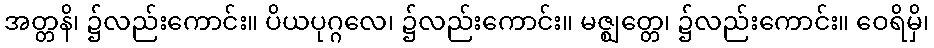
အတ္တနိ၊ ၌လည်းကောင်း။ ပိယပုဂ္ဂလေ၊ ၌လည်းကောင်း။ မဇ္ဈတ္တေ၊ ၌လည်းကောင်း။ ဝေရိမှိ၊